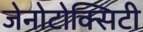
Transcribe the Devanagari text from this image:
जेनोटोक्सिटी